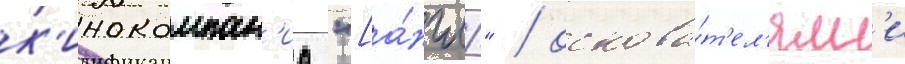
к'инокомпан'иа "[а́нгл." / основа́т'ел'ям'и